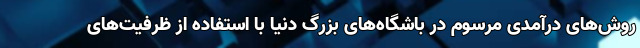
روش‌های درآمدی مرسوم در باشگاه‌های بزرگ دنیا با استفاده از ظرفیت‌های